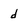
Character: d